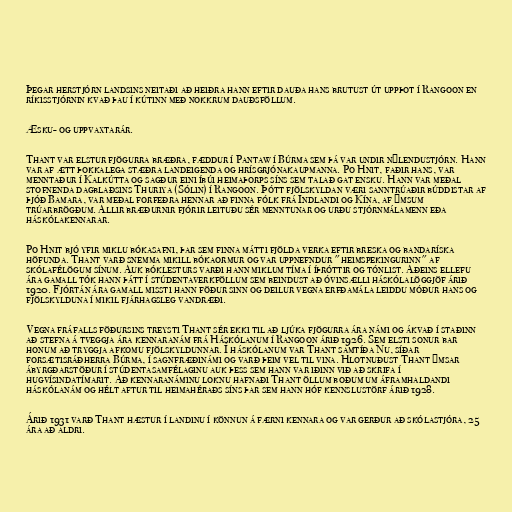
Þegar herstjórn landsins neitaði að heiðra hann eftir dauða hans brutust út uppþot í Rangoon en
ríkisstjórnin kvað þau í kútinn með nokkrum dauðsföllum.

Æsku- og uppvaxtarár.

Thant var elstur fjögurra bræðra, fæddur í Pantaw í Búrma sem þá var undir nýlendustjórn. Hann
var af ætt þokkalega stæðra landeigenda og hrísgrjónakaupmanna. Po Hnit, faðir hans, var
menntaður í Kalkútta og sagður eini íbúi heimaþorps síns sem talað gat ensku. Hann var meðal
stofnenda dagblaðsins Thuriya (Sólin) í Rangoon. Þótt fjölskyldan væri sanntrúaðir búddistar af
þjóð Bamara, var meðal forfeðra hennar að finna fólk frá Indlandi og Kína, af ýmsum
trúarbrögðum. Allir bræðurnir fjórir leituðu sér menntunar og urðu stjórnmálamenn eða
háskólakennarar.

Po Hnit bjó yfir miklu bókasafni, þar sem finna mátti fjölda verka eftir breska og bandaríska
höfunda. Thant varð snemma mikill bókaormur og var uppnefndur "heimspekingurinn" af
skólafélögum sínum. Auk bóklesturs varði hann miklum tíma í íþróttir og tónlist. Aðeins ellefu
ára gamall tók hann þátt í stúdentaverkföllum sem beindust að óvinsælli háskólalöggjöf árið
1920. Fjórtán ára gamall missti hann föður sinn og deilur vegna erfðamála leiddu móður hans og
fjölskylduna í mikil fjárhagsleg vandræði.

Vegna fráfalls föðursins treysti Thant sér ekki til að ljúka fjögurra ára námi og ákvað í staðinn
að stefna á tveggja ára kennaranám frá Háskólanum í Rangoon árið 1926. Sem elsti sonur bar
honum að tryggja afkomu fjölskyldunnar. Í háskólanum var Thant samtíða Nu, síðar
forsætisráðherra Búrma, í sagnfræðinámi og varð þeim vel til vina. Hlotnuðust Thant ýmsar
ábyrgðarstöður í stúdentasamfélaginu auk þess sem hann var iðinn við að skrifa í
hugvísindatímarit. Að kennaranáminu loknu hafnaði Thant öllum boðum um áframhaldandi
háskólanám og hélt aftur til heimahéraðs síns þar sem hann hóf kennslustörf árið 1928.

Árið 1931 varð Thant hæstur í landinu í könnun á færni kennara og var gerður að skólastjóra, 25
ára að aldri.